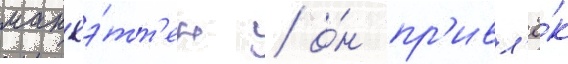
манхэ́тт'ен / о́н пр'ивл'ё́к